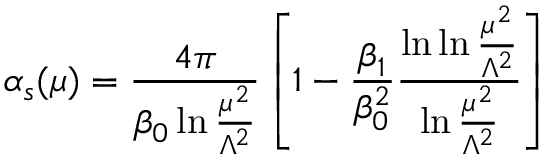
\alpha _ { s } ( \mu ) = \frac { 4 \pi } { \beta _ { 0 } \ln \frac { \mu ^ { 2 } } { \Lambda ^ { 2 } } } \left[ 1 - \frac { \beta _ { 1 } } { \beta _ { 0 } ^ { 2 } } \frac { \ln \ln \frac { \mu ^ { 2 } } { \Lambda ^ { 2 } } } { \ln \frac { \mu ^ { 2 } } { \Lambda ^ { 2 } } } \right]